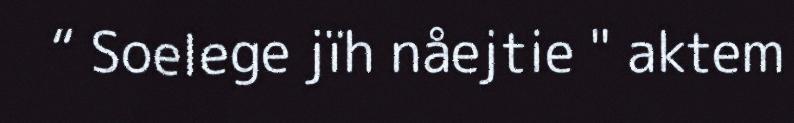
“ Soelege jïh nåejtie " aktem